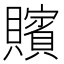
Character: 𮚪